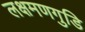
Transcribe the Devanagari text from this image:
लक्षमणगुडि